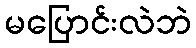
မပြောင်းလဲဘဲ